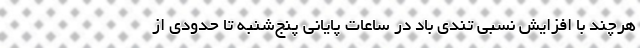
هرچند با افزایش نسبی تندی باد در ساعات پایانی پنج‌شنبه تا حدودی از